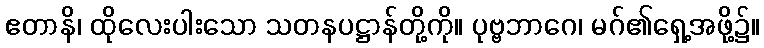
ဧတာနိ၊ ထိုလေးပါးသော သတနပဋ္ဌာန်တို့ကို။ ပုဗ္ဗဘာဂေ၊ မဂ်၏ရှေ့အဖို့၌။